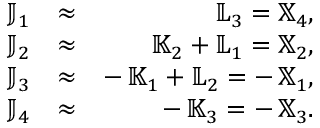
\begin{array} { r l r } { { \mathbb J } _ { 1 } } & { \approx } & { { \mathbb L } _ { 3 } = { \mathbb X } _ { 4 } , } \\ { { \mathbb J } _ { 2 } } & { \approx } & { { \mathbb K } _ { 2 } + { \mathbb L } _ { 1 } = { \mathbb X } _ { 2 } , } \\ { { \mathbb J } _ { 3 } } & { \approx } & { - \, { \mathbb K } _ { 1 } + { \mathbb L } _ { 2 } = - \, { \mathbb X } _ { 1 } , } \\ { { \mathbb J } _ { 4 } } & { \approx } & { - \, { \mathbb K } _ { 3 } = - \, { \mathbb X } _ { 3 } . } \end{array}